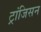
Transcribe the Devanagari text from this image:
ट्रांजिसन